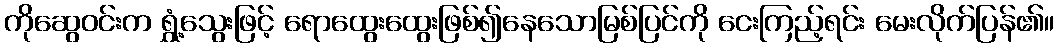
ကိုဆွေဝင်းက ရွှံ့သွေးဖြင့် ရောထွေးထွေးဖြစ်၍နေသောမြစ်ပြင်ကို ငေးကြည့်ရင်း မေးလိုက်ပြန်၏။